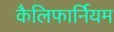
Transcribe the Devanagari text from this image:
कैलिफार्नियम